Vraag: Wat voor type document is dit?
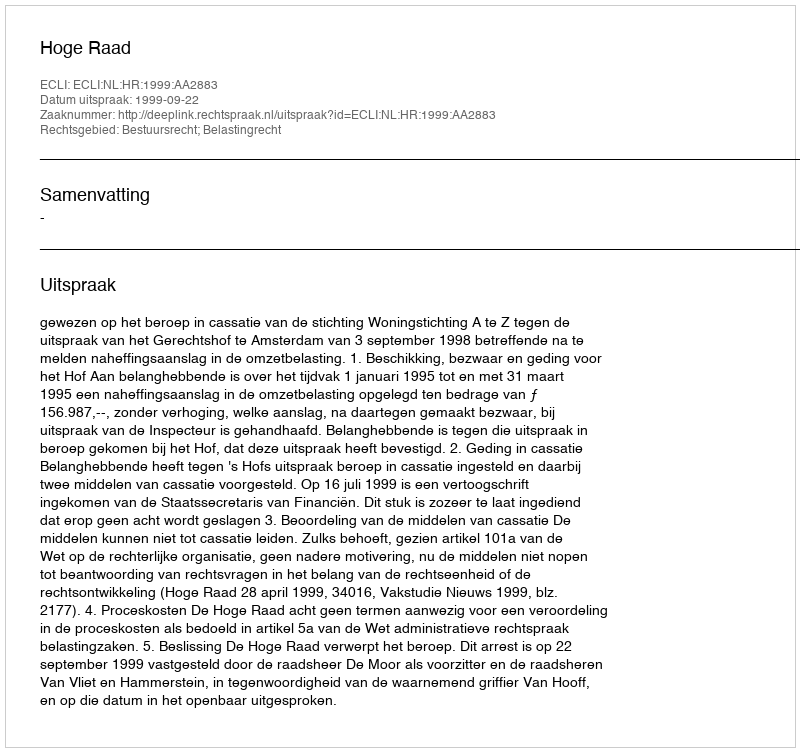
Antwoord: Uitspraak